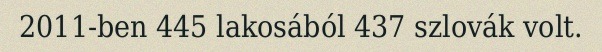
2011-ben 445 lakosából 437 szlovák volt.